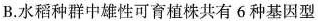
B.水稻种群中雄性可育植株共有6种基因型